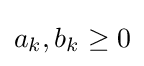
a_{k},b_{k}\geq 0